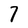
Character: 7